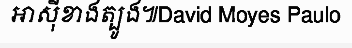
អាស៊ីខាងត្បូង៕David Moyes Paulo